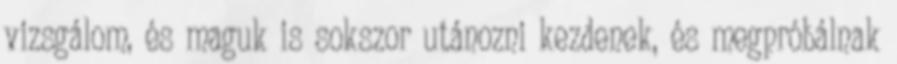
vizsgálom, és maguk is sokszor utánozni kezdenek, és megpróbálnak